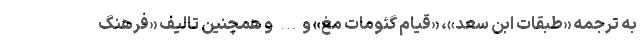
به ترجمه «طبقات ابن سعد»، «قیام گئومات مغ» و… و همچنین تالیف «فرهنگ